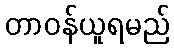
တာဝန်ယူရမည်